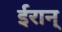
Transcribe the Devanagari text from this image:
ईरान्